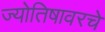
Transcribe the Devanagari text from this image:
ज्योतिषावरचे